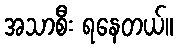
အသာစီး ရနေတယ်။